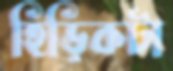
হিড়িকটা